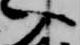
入